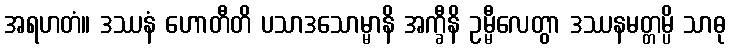
အရဟတံ။ ဒဿနံ ဟောတီတိ ပသာဒသောမ္မာနိ အက္ခီနိ ဥမ္မီလေတွာ ဒဿနမတ္တမ္ပိ သာဓု